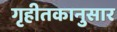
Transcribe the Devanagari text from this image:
गृहीतकानुसार